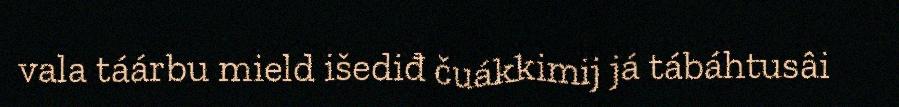
vala táárbu mield išediđ čuákkimij já tábáhtusâi